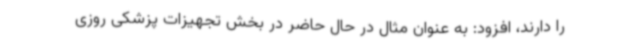
را دارند، افزود: به عنوان مثال در حال حاضر در بخش تجهیزات پزشکی روزی